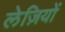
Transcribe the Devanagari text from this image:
लेज़ियों